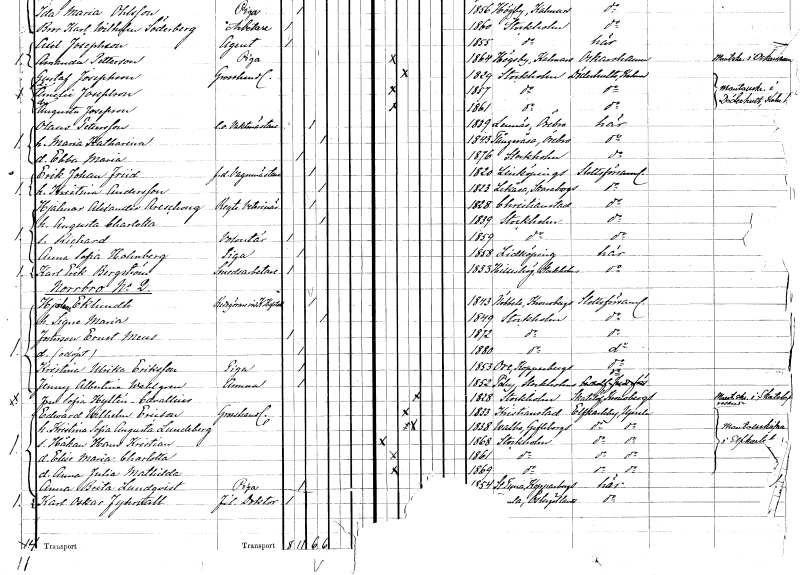
gt_parse: households: individuals: FN: Erik Johan
EN: Friid
YRKE: Vagnmästare f.d.
KON: M
CIV: G
FODAR: 1820
FODFORS: Linköping Östergötlands län
FN: Kristina
EN: Andersson
KON: K
CIV: G
FODAR: 1823
FODFORS: Lekåsa Skaraborgs län
FN: Hjalmar Alexander
EN: Areschoug
YRKE: Regementsveterinär
KON: M
CIV: G
FODAR: 1828
FODFORS: Kristianstad Kristianstads län
FN: Augusta Charlotta
KON: K
CIV: G
FODAR: 1839
FODFORS: Stockholm
FN: Richard
YRKE: Volontär
KON: M
CIV: O
FODAR: 1859
FODFORS: Stockholm
FN: Anna Sofia
EN: Holmberg
YRKE: Piga
KON: K
CIV: O
FODAR: 1858
FODFORS: Lidköping Skaraborgs län
FN: Karl Erik
EN: Bergström
YRKE: Smedsarbetare
KON: M
CIV: O
FODAR: 1833
FODFORS: Hilleshög Stockholms län
FN: Hjalmar
EN: Eklundh
YRKE: Redogörare vid Kungliga Hovstallet
KON: M
CIV: G
FODAR: 1843
FODFORS: Nöbbele Kronobergs län
FN: Signe Maria
KON: K
CIV: G
FODAR: 1849
FODFORS: Stockholm
FN: Ernst Meus
KON: M
CIV: O
FODAR: 1872
FODFORS: Stockholm
KON: K
CIV: O
FODAR: 1880
FODFORS: Stockholm
FN: Kristina Ulrika
EN: Eriksson
YRKE: Piga
KON: K
CIV: O
FODAR: 1853
FODFORS: Ore Kopparbergs län
FN: Jenny Albertina
EN: Wahlgren
YRKE: Amma
KON: K
CIV: O
FODAR: 1852
FODFORS: Täby Stockholms län
FN: Sofia
EN: Hyltén Cavallius
KON: K
CIV: G
FODAR: 1828
FODFORS: Stockholm
FN: Edward Wilhelm
EN: Ericson
YRKE: Grosshandlare
KON: M
CIV: G
FODAR: 1833
FODFORS: Kristianstad Kristianstads län
FN: Kristina Sofia Augusta
EN: Lundeberg
KON: K
CIV: G
FODAR: 1838
FODFORS: Valbo Gävleborgs län
FN: Håkan Hans Kristian
KON: M
CIV: O
FODAR: 1868
FODFORS: Stockholm
FN: Elise Maria Charlotta
KON: K
CIV: O
FODAR: 1861
FODFORS: Stockholm
FN: Anna Julia Mathilda
KON: K
CIV: O
FODAR: 1869
FODFORS: Stockholm
FN: Anna Brita
EN: Lundqvist
YRKE: Piga
KON: K
CIV: O
FODAR: 1854
FODFORS: Stora Tuna Kopparbergs län
FN: Karl Oskar
EN: Fyhrwall
YRKE: Fil. doktor
KON: M
CIV: O
FODAR: 1846
FODFORS: Kumla Östergötlands län